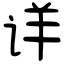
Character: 详